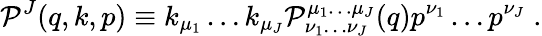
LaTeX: {\cal P}^{J}(q,k,p)\equiv k_{\mu_{1}}\ldots k_{\mu_{J}}{\cal P}_{\nu_{1}\ldots\nu_{J}}^{\mu_{1}\ldots\mu_{J}}(q)p^{\nu_{1}}\ldots p^{\nu_{J}}\; .